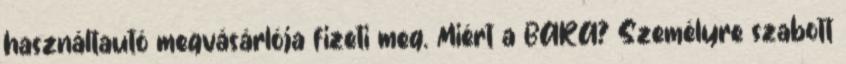
használtautó megvásárlója fizeti meg. Miért a BARA? Személyre szabott